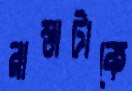
রাস্তাটাকে